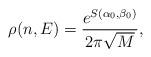
LaTeX: \begin{align*}\rho(n,E)=\frac{e^{S(\alpha_0,\beta_0)}}{2\pi \sqrt{M}},\end{align*}